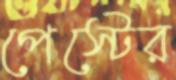
পেস্টের